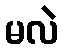
မလဲ